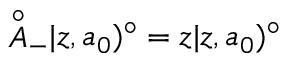
{ \mathop { A } ^ { \circ } } _ { - } | z , a _ { 0 } ) ^ { \circ } = z | z , a _ { 0 } ) ^ { \circ }